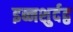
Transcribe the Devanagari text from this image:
इब्नशुर्दद्व